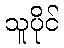
သူပိုင်